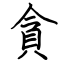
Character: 貪